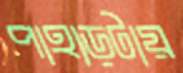
পাহাড়টায়